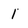
Character: 1